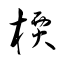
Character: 樮